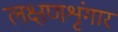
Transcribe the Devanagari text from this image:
लक्षणशृंगार